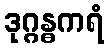
ဒုဂ္ဂန္ဓကရံ